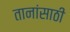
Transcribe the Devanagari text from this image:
तानांसाठी